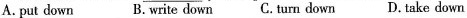
A. put down B. write down C. turn down D. take down